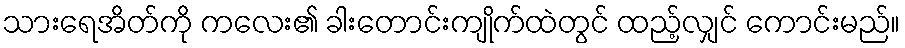
သားရေအိတ်ကို ကလေး၏ ခါးတောင်းကျိုက်ထဲတွင် ထည့်လျှင် ကောင်းမည်။